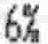
6%